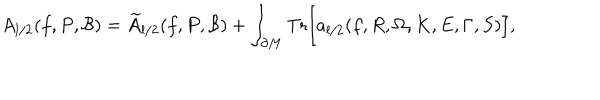
LaTeX: A _ { l / 2 } ( f , P , { \cal B } ) = { \widetilde A } _ { l / 2 } ( f , P , { \cal B } ) + \int _ { \partial M } \mathrm { { T r } } \Bigr [ a _ { l / 2 } ( f , R , \Omega , K , E , \Gamma , S ) \Bigr ] ,